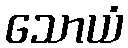
သောယံ